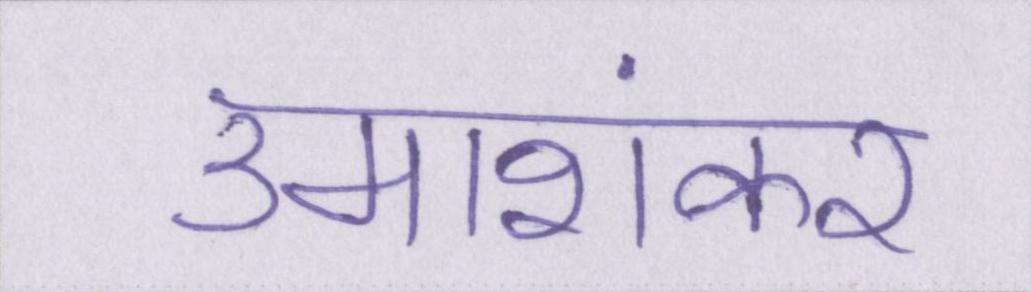
उमाशंकर